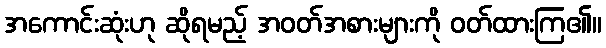
အကောင်းဆုံးဟု ဆိုရမည့် အဝတ်အစားများကို ဝတ်ထားကြ၏။